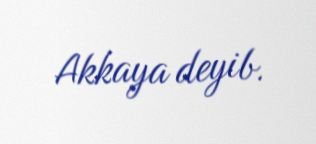
Akkaya deyib.